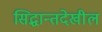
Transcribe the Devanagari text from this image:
सिद्धान्तदेखील